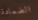
الضمادة